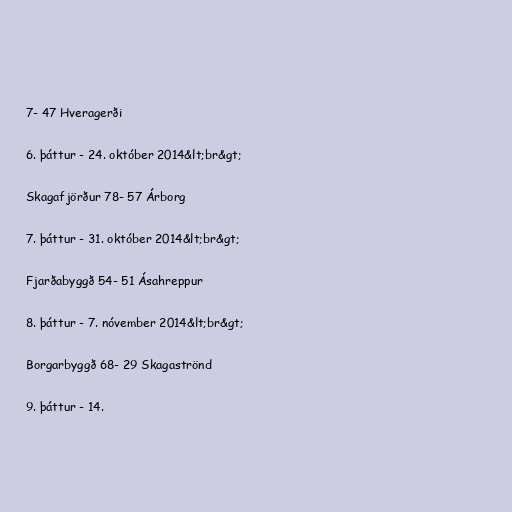
7- 47 Hveragerði

6. þáttur - 24. október 2014&lt;br&gt;

Skagafjörður 78- 57 Árborg

7. þáttur - 31. október 2014&lt;br&gt;

Fjarðabyggð 54- 51 Ásahreppur

8. þáttur - 7. nóvember 2014&lt;br&gt;

Borgarbyggð 68- 29 Skagaströnd

9. þáttur - 14.